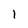
Character: I